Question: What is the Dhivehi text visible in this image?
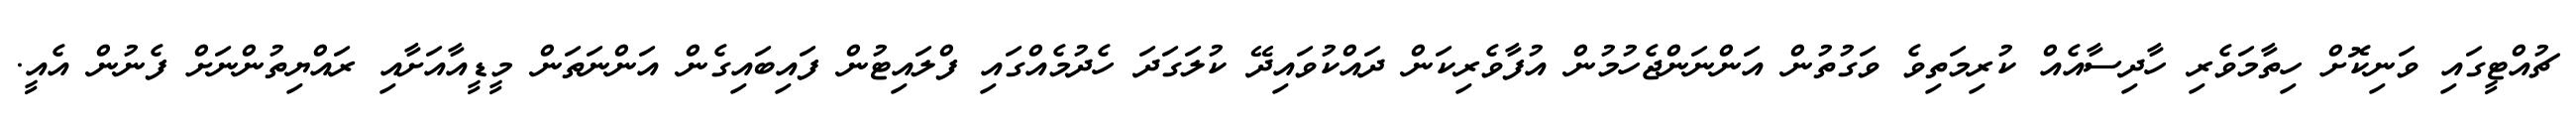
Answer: ޗުއްޓީގައި ވަނިކޮށް ހިތާމަވެރި ހާދިސާއެއް ކުރިމަތިވެ ވަގުތުން އަންނަންޖެހުމުން އުފާވެރިކަން ދައްކުވައިދޭ ކުލަގަދަ ހެދުމެއްގައި ފްލައިޓުން ފައިބައިގެން އަންނަތަން މީޑީއާއަށާއި ރައްޔިތުންނަށް ފެނުން އެއީ.